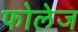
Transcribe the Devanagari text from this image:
फोलेज